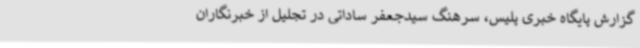
گزارش پایگاه خبری پلیس، سرهنگ سیدجعفر ساداتی در تجلیل از خبرنگاران